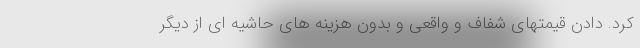
کرد. دادن قیمتهای شفاف و واقعی و بدون هزینه های حاشیه ای از دیگر